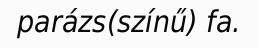
parázs(színű) fa.